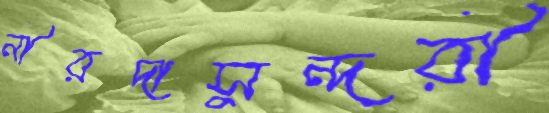
নীরদাসুন্দরী